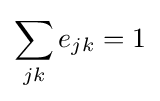
\sum _{jk}{e_{jk}}=1